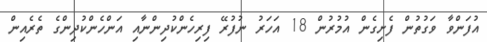
އުފަންވާ ވަގުތުން ފެށިގެން އުމުރުން 18 އަހަރު ނުފުރޭ ފިރިހެންކުދިންނާއި އަންހެންކުދިންގެ ތެރެއިން